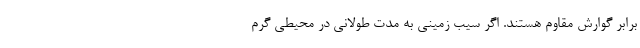
برابر گوارش مقاوم هستند. اگر سيب زميني به مدت طولاني در محيطي گرم